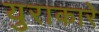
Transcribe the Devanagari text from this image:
युराकारे